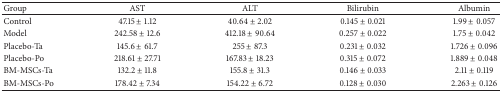
<table><thead><tr><td><b>Group </b></td><td><b>AST </b></td><td><b>ALT </b></td><td><b>Bilirubin </b></td><td><b>Albumin </b></td></tr></thead><tbody><tr><td>Control</td><td>47.15 ± 1.12</td><td>40.64 ± 2.02</td><td>0.145 ± 0.021</td><td>1.99 ± 0.057</td></tr><tr><td>Model </td><td>242.58 ± 12.6</td><td>412.18 ± 90.64 </td><td>0.257 ± 0.022</td><td>1.75 ± 0.042</td></tr><tr><td>Placebo-Ta</td><td>145.6 ± 61.7</td><td>255 ± 87.3 </td><td>0.231 ± 0.032</td><td>1.726 ± 0.096</td></tr><tr><td>Placebo-Po</td><td>218.61 ± 27.71</td><td>167.83 ± 18.23</td><td>0.315 ± 0.072</td><td>1.889 ± 0.048</td></tr><tr><td>BM-MSCs-Ta</td><td>132.2 ± 11.8</td><td>155.8 ± 31.3 </td><td>0.146 ± 0.033</td><td>2.11 ± 0.119</td></tr><tr><td>BM-MSCs-Po</td><td>178.42 ± 7.34</td><td>154.22 ± 6.72</td><td>0.128 ± 0.030</td><td>2.263 ± 0.126</td></tr></tbody></table>